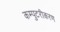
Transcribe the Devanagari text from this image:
कम्पुटरीकरण